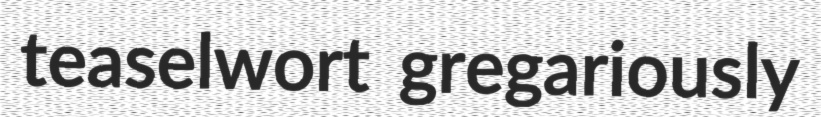
teaselwort gregariously